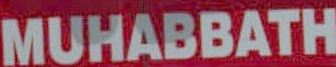
MUHABBATH